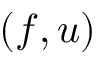
( f , u )